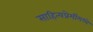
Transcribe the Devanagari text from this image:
साहित्यप्रेमींमध्ये